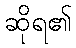
ဆိုရ၏